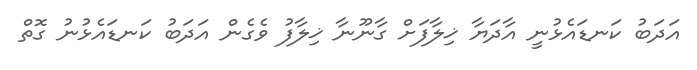
އަދަބު ކަނޑައެޅުނީ އާދަޔާ ޚިލާފަށް ގާނޫނާ ޚިލާފު ވެގެން އަދަބު ކަނޑައެޅުނު ގޮތް